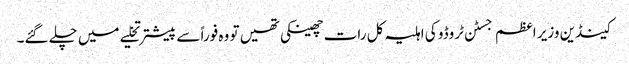
کینڈین وزیر اعظم جسٹن ٹروڈو کی اہلیہ کل رات چھینکی تھیں تو وہ فوراً سے پیشتر تخلیے میں چلے گئے۔